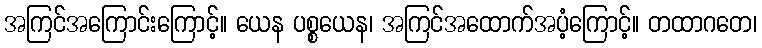
အကြင်အကြောင်းကြောင့်။ ယေန ပစ္စယေန၊ အကြင်အထောက်အပံ့ကြောင့်။ တထာဂတေ၊